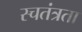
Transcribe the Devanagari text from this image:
स्चतंत्रता